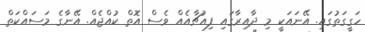
ހަގީގަތުގައި. އޭނައަކީ މި ދާއިރާގައި ފިއުޗާއެއް ވެސް އޮތް ކުއްޖެއް. އޭނާގެ މަސައްކަތް